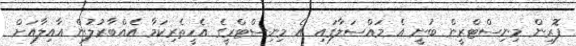
ފޮރިން މިނިސްޓްރީން ބުނީ އެ މައްސަލާގައި އެ މިނިސްޓްރީގެ އެހީތެރިކަމާ އެއްބާރުލުން އާއިލާއަށް